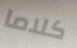
كلاما